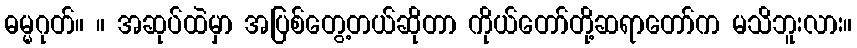
ဓမ္မဂုတ်။ ။ အဆုပ်ထဲမှာ အပြစ်တွေ့တယ်ဆိုတာ ကိုယ်တော်တို့ဆရာတော်က မသိဘူးလား။